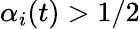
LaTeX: \alpha_{i}(t)>1/2